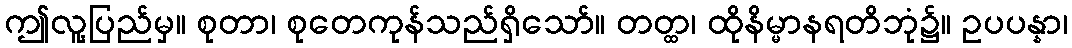
ဤလူ့ပြည်မှ။ စုတာ၊ စုတေကုန်သည်ရှိသော်။ တတ္ထ၊ ထိုနိမ္မာနရတိဘုံ၌။ ဥပပန္နာ၊